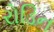
રોડિન